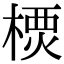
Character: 樮